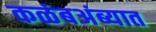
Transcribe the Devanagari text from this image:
कळंबअंब्यात